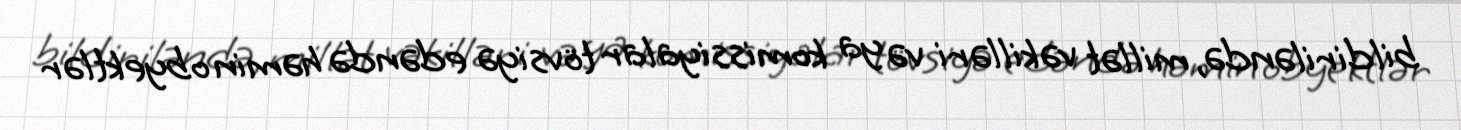
bildiriləndə, millət vəkilləri və ya komissiyalar tövsiyə edəndə həmin obyektlər